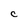
Character: C